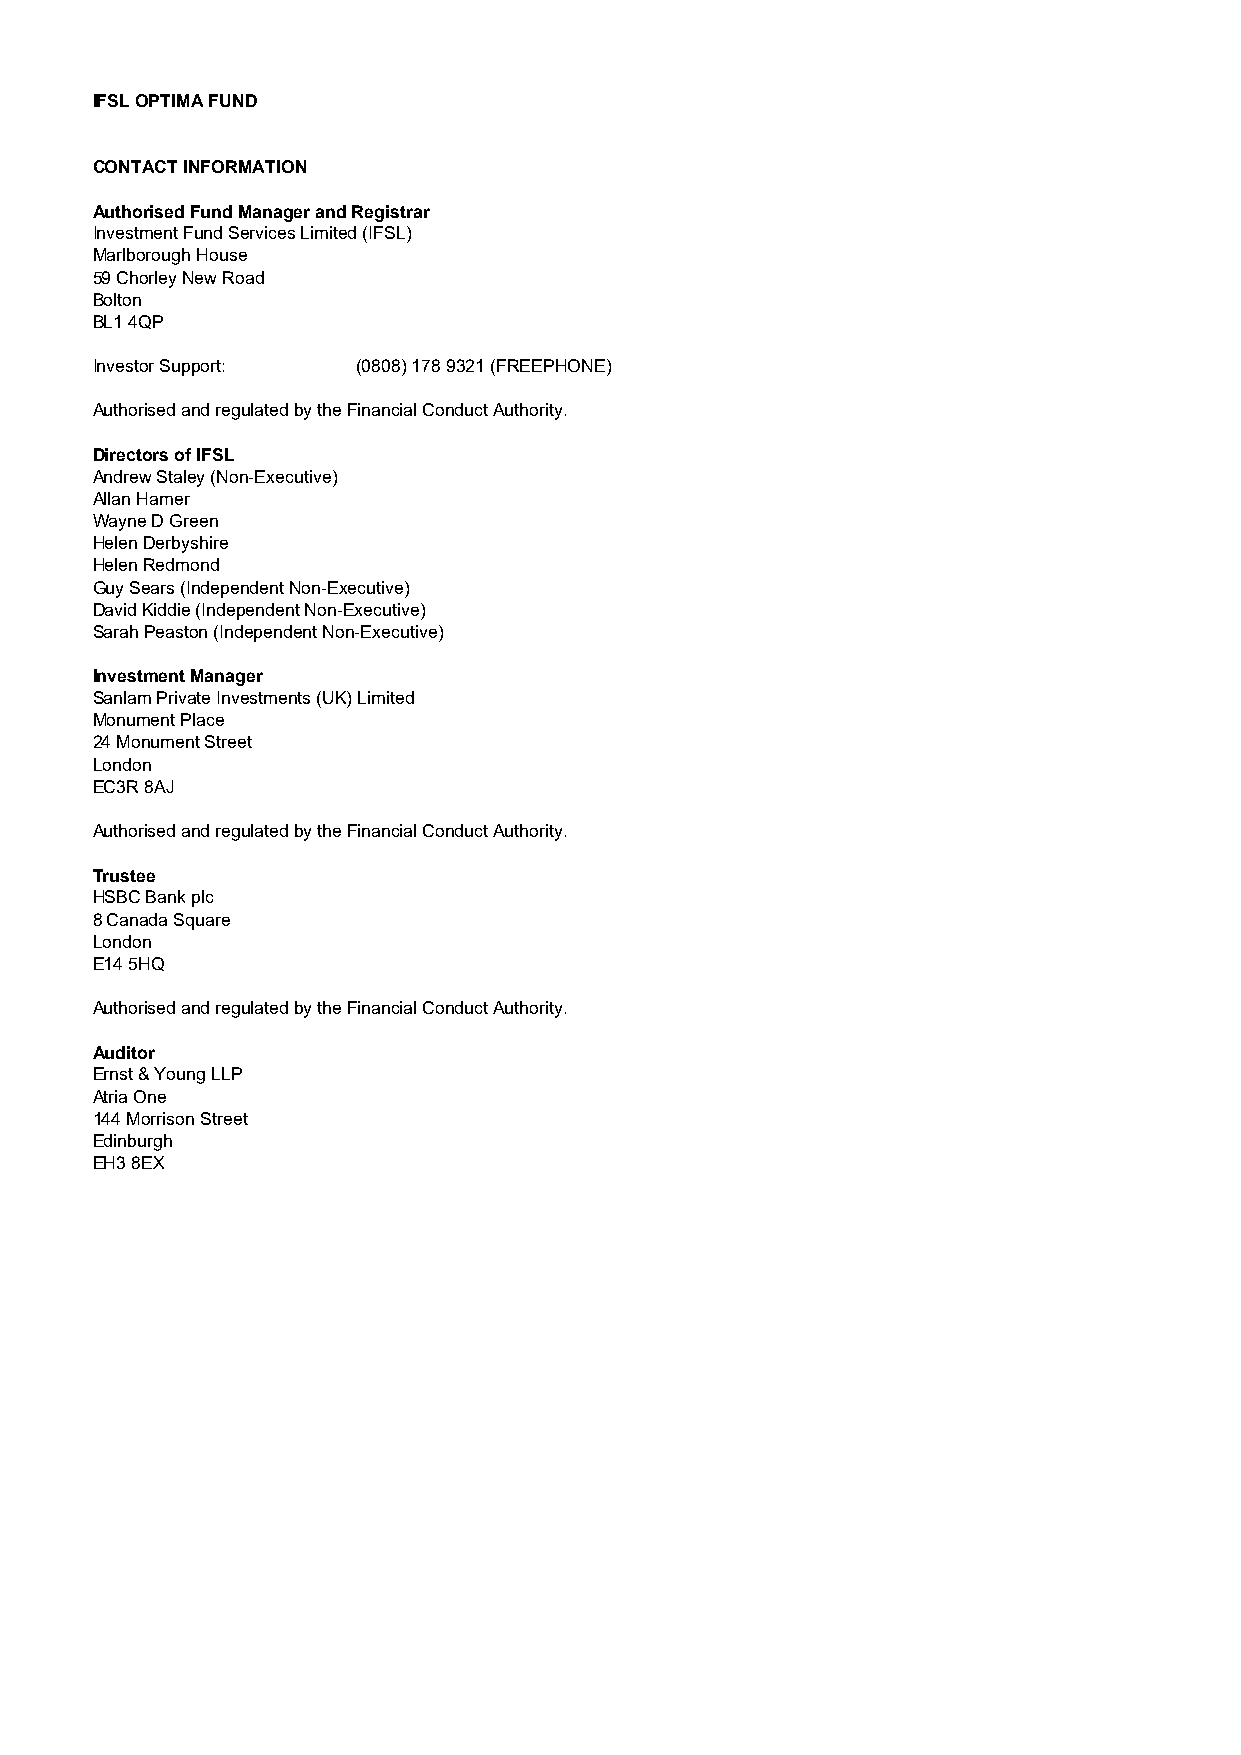
IFSL OPTIMA FUND
 CONTACT INFORMATION
 Authorised Fund Manager and Registrar
 Investment Fund Services Limited (IFSL)
 Marlborough House
 59 Chorley New Road
 Bolton
 BL1 4QP
 Investor Support: (0808) 178 9321 (FREEPHONE)
 Authorised and regulated by the Financial Conduct Authority.
 Directors of IFSL
 Andrew Staley (Non-Executive)
 Allan Hamer
 Wayne D Green
 Helen Derbyshire
 Helen Redmond
 Guy Sears (Independent Non-Executive)
 David Kiddie (Independent Non-Executive)
 Sarah Peaston (Independent Non-Executive)
 Investment Manager
 Sanlam Private Investments (UK) Limited
 Monument Place
 24 Monument Street
 London
 EC3R 8AJ
 Authorised and regulated by the Financial Conduct Authority.
 Trustee
 HSBC Bank plc
 8 Canada Square
 London
 E14 5HQ
 Authorised and regulated by the Financial Conduct Authority.
 Auditor
 Ernst & Young LLP
 Atria One
 144 Morrison Street
 Edinburgh
 EH3 8EX